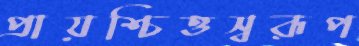
প্রায়শ্চিত্তস্বরূপ